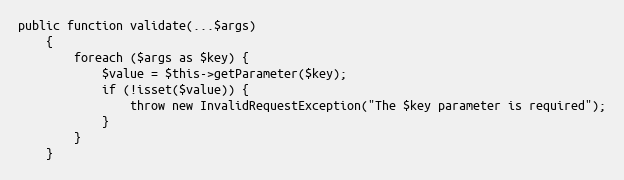
Language: PHP
public function validate(...$args)
    {
        foreach ($args as $key) {
            $value = $this->getParameter($key);
            if (!isset($value)) {
                throw new InvalidRequestException("The $key parameter is required");
            }
        }
    }